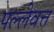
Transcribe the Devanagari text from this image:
पल्लेवत्त